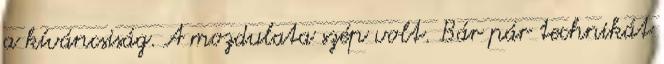
a kíváncsiság. A mozdulata szép volt. Bár pár technikát